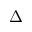
\Delta